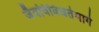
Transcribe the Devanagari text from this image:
जैवविविधतेमागे